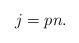
LaTeX: \begin{align*} j = pn.\end{align*}